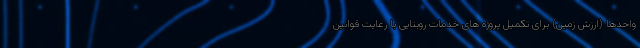
واحدها (ارزش زمین) برای تکمیل پروژه های خدمات روبنایی با رعایت قوانین